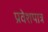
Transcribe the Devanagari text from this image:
प्रवेशपात्र